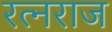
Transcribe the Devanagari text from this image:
रत्नराज